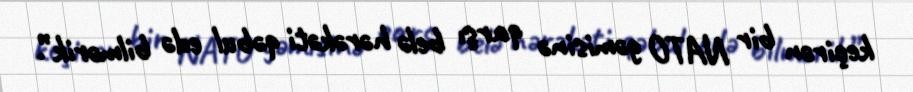
keçirən bir NATO gəmisinə qarşı belə hərəkəti qəbul edə bilmərik”.